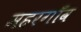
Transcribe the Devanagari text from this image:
महरगाँव